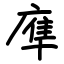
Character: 㢑